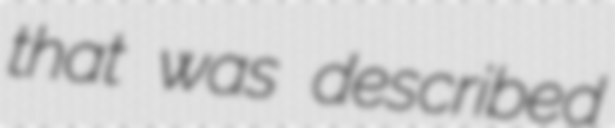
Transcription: that was described